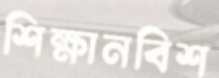
শিক্ষানবিশ